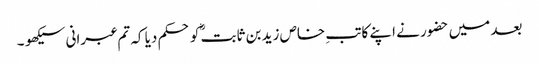
بعد میں حضور نے اپنے کاتبِ خاص زید بن ثابتؓ کو حکم دیا کہ تم عبرانی سیکھو ۔